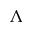
\Lambda